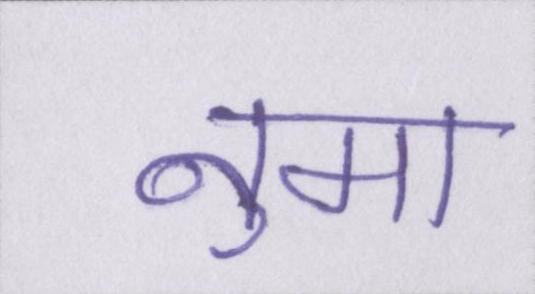
नुमा